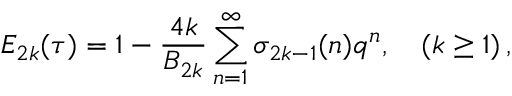
E _ { 2 k } ( \tau ) = 1 - \frac { 4 k } { B _ { 2 k } } \sum _ { n = 1 } ^ { \infty } \sigma _ { 2 k - 1 } ( n ) q ^ { n } , \quad ( k \ge 1 ) \, ,